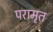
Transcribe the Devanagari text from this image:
परामृत